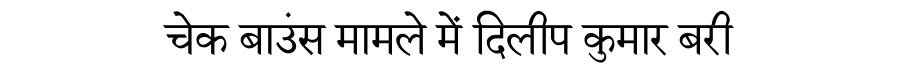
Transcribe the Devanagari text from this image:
चेक बाउंस मामले में दिलीप कुमार बरी